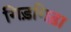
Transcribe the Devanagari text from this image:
गिड़गिड़ा